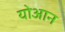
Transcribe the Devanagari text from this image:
योआन